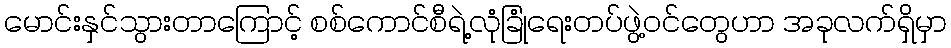
မောင်းနှင်သွားတာကြောင့် စစ်ကောင်စီရဲ့လုံခြုံရေးတပ်ဖွဲ့ဝင်တွေဟာ အခုလက်ရှိမှာ